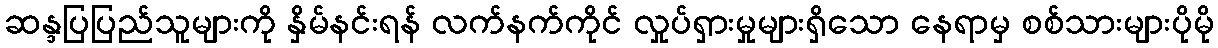
ဆန္ဒပြပြည်သူများကို နှိမ်နင်းရန် လက်နက်ကိုင် လှုပ်ရှားမှုများရှိသော နေရာမှ စစ်သားများပိုမို